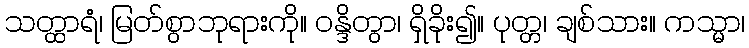
သတ္ထာရံ၊ မြတ်စွာဘုရားကို။ ဝန္ဒိတွာ၊ ရှိခိုး၍။ ပုတ္တ၊ ချစ်သား။ ကသ္မာ၊